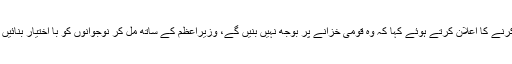
عثمان ڈار نے بطور معاون خصوصی تنخواہ وصول نہ کرنے کا اعلان کرتے ہوئے کہا کہ وہ قومی خزانے پر بوجھ نہیں بنیں گے، وزیراعظم کے ساتھ مل کر نوجوانوں کو با اختیار بنائیں گے،لیپ ٹاپ پر نہیں نوجوانوں پر پیسہ خرچ کریں گے۔